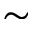
\sim